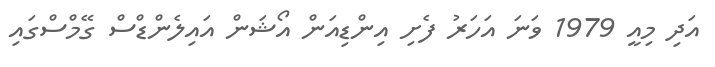
އަދި މިއީ 1979 ވަނަ އަހަރު ފެށި އިންޑިއަން އޯޝަން އައިލެންޑްސް ގޭމްސްގައި